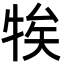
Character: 㸻